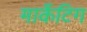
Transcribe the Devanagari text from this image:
मार्केटिग